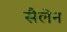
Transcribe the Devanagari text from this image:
सैलेन